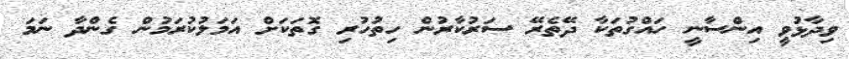
ވިދާޅުވީ އިންސާނީ ހައްގުތަކާ ދޭތެރޭ ސަރުކާރުން ހިތުހުރި ގޮތަކަށް އަމަލުކުރަމުން ގެންދާ ނަމަ